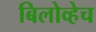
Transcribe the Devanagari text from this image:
बिलोव्हेच